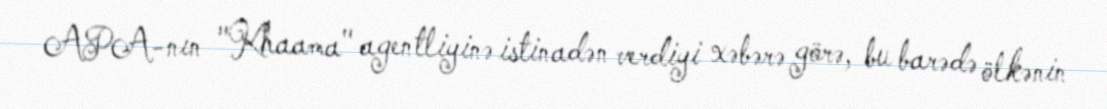
APA-nın "Khaama" agentliyinə istinadən verdiyi xəbərə görə, bu barədə ölkənin